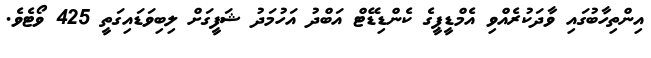
އިންތިހާބުގައި ވާދަކުރެއްވި އެމްޑީޕީގެ ކެންޑިޑޭޓް އަބްދު އަހުމަދު ޝަފީގަށް ލިބިވަޑައިގަތީ 425 ވޯޓެވެ.